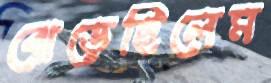
ঝেড়েছিলেম